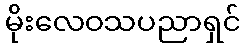
မိုးလေဝသပညာရှင်